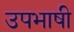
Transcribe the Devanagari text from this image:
उपभाषी